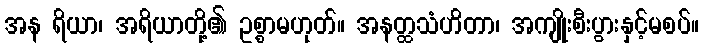
အန ရိယာ၊ အရိယာတို့၏ ဥစ္စာမဟုတ်။ အနတ္ထသံဟိတာ၊ အကျိုးစီးပွားနှင့်မစပ်။